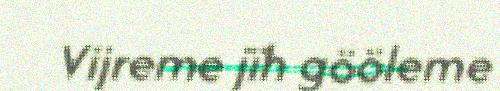
Vijreme jïh gööleme